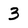
Character: 3